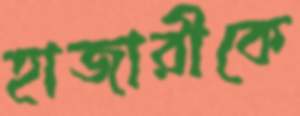
হাজারীকে